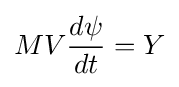
MV{\frac {d\psi }{dt}}=Y